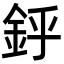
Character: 䤣